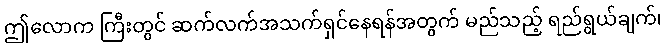
ဤလောက ကြီးတွင် ဆက်လက်အသက်ရှင်နေရန်အတွက် မည်သည့် ရည်ရွယ်ချက်၊